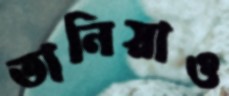
তানিয়াও